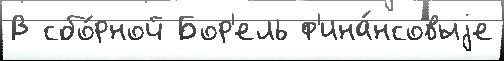
В сбо́рной Бор'ель ф'ина́нсовыjе